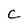
Character: C